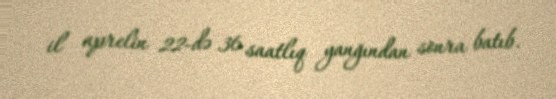
il aprelin 22-də 36 saatlıq yanğından sonra batıb.